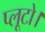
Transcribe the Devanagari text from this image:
प्लूटो।